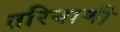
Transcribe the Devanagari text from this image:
तरियाणी